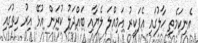
އެނިކަމެތި ހާލުގައި އެފަކީރު އަމިއްލަ ލެޔާއި ބައްދަލު ކުރަން އުޅޭ އިރު ހިތުގައި